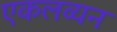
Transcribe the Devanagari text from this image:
एकलव्यन